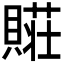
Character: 𮚛